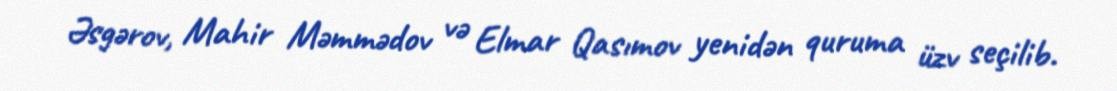
Əsgərov, Mahir Məmmədov və Elmar Qasımov yenidən quruma üzv seçilib.